Vital statistics of India. Vol. VI, European troops 1870-79
Year: 1870
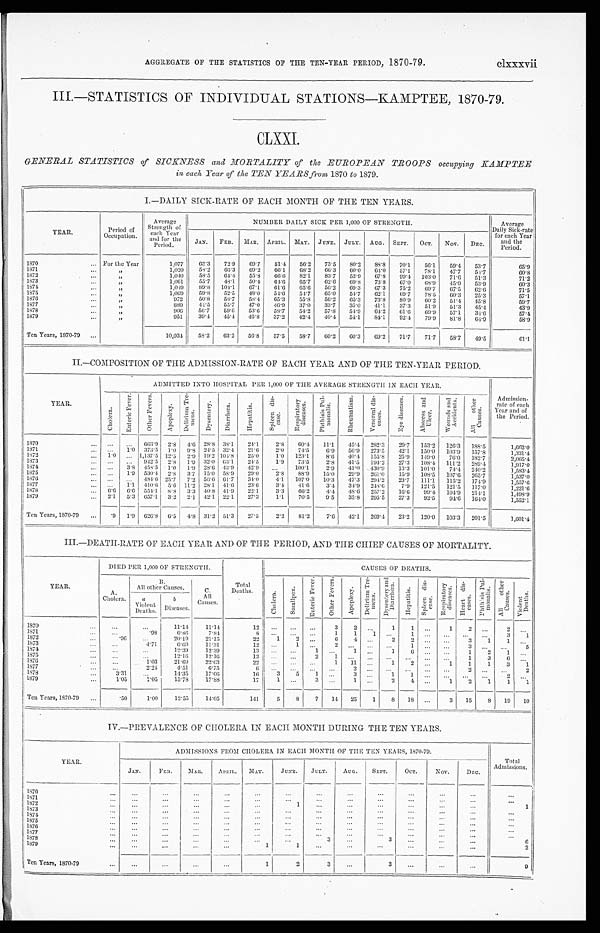
AGGREGATE OF THE STATISTICS OF THE TEN-YEAR PERIOD, 1870-79.
clxxxvii
III.—STATISTICS OF INDIVIDUAL STATIONS—KAMPTEE, 1870-79.
CLXXI.
GENERAL STATISTICS of SICKNESS and MORTALITY of the EUROPEAN TROOPS occupying
KAMPTEE in each Year of the TEN YEARS from 1870 to 1879.
I.—DAILY SICK-RATE OF EACH MONTH OF THE TEN YEARS.
YEAR.
P e r i o d o f O c c u p a t i o n .
Average
Strength of
each Year
and for the
Period.
NUMBER DAILY SICK PER 1,000 OF STRENGTH.
Average
Daily Sick-rate
for each Year and
the
Period.
JAN.
FEB.
MAR.
APRIL.
MAY.
JUNE.
JULY.
AUG.
SEPT.
OCT.
Nov.
DEC.
1870
For the Year
1 , 0 7 7
6 3 . 3
7 2 . 9
6 9 . 7
5 1 . 4
5 6 . 2
7 3 . 5
8 0 . 2
8 8 . 8
7 0 . 1
5 6 . 1
5 9 . 4
5 3 . 7
6 5 . 9
1871
"
1 , 0 2 0
5 8 . 2
6 6 . 3
6 9 . 2
6 6 . 1
6 8 . 2
6 6 . 3
6 0 . 0
6 4 . 0
5 7 . 1
7 8 . 1
4 7 . 7
5 4 . 7
6 0 . 8
1872
"
1 , 0 4 0
5 8 . 5
6 4 . 4
5 5 . 8
6 6 . 6
8 2 . 1
8 3 . 7
5 3 . 9
6 7 . 8
9 9 . 4
103. 0
7 1 . 6
5 1 . 3
7 1 . 2
1873
"
1 , 0 6 1
5 5 . 7
4 8 . 1
5 0 . 4
6 4 . 6
6 5 . 7
6 2 . 6
6 9 . 8
7 3 . 8
6 7 . 0
6 8 . 9
4 5 . 0
5 3 . 9
6 0 . 3
1874
"
1 , 0 4 9
8 9 . 8
1 0 4 . 1
6 7 . 1
6 1 . 6
6 5 . 6
5 6 . 2
6 9 . 3
6 7 . 3
7 5 . 2
6 9 . 7
6 7 . 5
6 2 . 6
7 1 . 5
1875
"
1 , 0 6 9
5 9 . 8
5 2 . 5
4 8 . 0
5 4 . 6
5 4 . 7
6 5 . 0
5 4 . 7
6 2 . 1
6 9 . 7
7 8 . 5
6 0 . 3
2 5 . 3
5 7 . 1
1876
"
9 7 2
5 0 . 8
5 8 . 7
5 8 . 4
6 5 . 3
5 5 . 8
5 6 . 2
6 5 . 3
7 3 . 8
8 0 . 9
6 0 . 2
5 1 . 4
4 5 . 8
5 9 . 7
1877
"
8 8 9
4 4 . 5
5 5 . 7
4 7 . 0
4 6 . 9
3 7 . 0
3 3 . 7
3 5 . 0
4 1 . 1
3 7 . 3
5 1 . 9
5 1 . 3
4 5 . 4
4 3 . 9
1878
"
9 0 6
5 6 . 7
5 9 . 6
5 3 . 6
5 8 . 7
5 4 . 2
5 7 . 8
5 4 . 9
6 4 . 2
6 1 . 6
6 9 . 9
5 7 . 1
3 4 . 6
5 7 . 4
1879
"
9 5 1
3 9 . 4
4 5 . 4
4 6 . 8
3 7 . 2
4 2 . 4
4 0 . 4
5 4 . 1
8 4 . 1
9 2 . 4
7 9 . 9
8 1 . 8 64.9
5 8 . 9
Ten Years, 1870-79
1 0 , 0 3 4
5 8 . 2
6 3 . 2
5 6 . 8
5 7 . 5
5 8 . 7
6 0 . 2
6 0 . 3
6 9 . 2
7 1 . 7
7 1 . 7
5 8 . 7
4 9 . 5
6 1 . 1
II.—COMPOSITION OF THE ADMISSION-RATE OF EACH YEAR AND OF THE TEN-YEAR PERIOD.
Y E A R .
ADMITTED INTO HOSPITAL PER 1,000 OF THE AVERAGE STRENGTH IN EACH YEAR.
Ad mi s s i o n - r a t e o f e a c h Ye a r a n d o f t h e Pe r i o d .
C h o l e r a .
E n t e r i c F e v e r .
O t h e r F e v e r s .
A p o p l e x y .
D e l i r i u m T r e - m e n s .
Dysent er y.
D i a r r h œ a .
H e p a t i t i s .
S p l e e n d i s - e a s e .
R e s p i r a t o r y d i s e a s e s .
P h t h i s i s P u l - m o n a l i s .
R h e u m a t i s m .
V e n e r e a l d i s - e a s e s .
E y e d i s e a s e s .
A b s c e s s a n d U l c e r .
W o u n d s a n d A c c i d e n t s .
A l l o t h e r C a u s e s .
1870
. . .
. . .
6 6 3 . 9
2 . 8
4 . 6
2 8 . 8
3 8 . 1
2 4 . 1
2 . 8
6 0 . 4
1 1 . 1
4 5 . 4
2 8 2 . 3
2 9 . 7
1 5 3 . 2
1 2 6 . 3
1 8 8 . 5
1 , 6 6 2 . 0
1871
. . .
1 . 0
3 7 3 . 5
1 . 0
9 . 8
2 4 . 5
3 2 . 4
2 1 . 6
2 . 0
7 4 . 5
6 . 9
5 6 . 9
2 7 3 . 5
4 2 . 1
1 5 0 . 0
1 0 3 . 9
1 5 7 . 8
1 , 3 3 1 . 4
1872
1 . 0
. . .
1 , 1 3 7 . 5
1 2 . 5
2 . 9
1 9 . 2
1 0 4 . 8
2 5 . 0
1 . 0
1 2 3 . 1
8 . 6
4 0 . 4
1 5 5 . 8
2 5 . 9
1 4 9 . 0
7 6 . 0
1 8 2 . 7
2 , 0 6 5 . 4
1873
. . .
. . .
9 4 2 . 5
2 . 8
1 . 9
3 2 . 0
6 3 . 1
2 4 . 5
1 . 9
7 3 . 5
2 . 8
4 1 . 5
1 9 4 . 2
2 7 . 3
1 0 8 . 4
1 1 1 . 2
2 8 9 . 4
1 , 9 1 7 . 0
1874
. . .
3 . 8
4 5 8 . 5
1 . 0
1 . 9
2 8 . 6
4 3 . 9
4 2 . 9
. . .
1 0 0 . 1
2 . 9
4 1 . 0
4 3 0 . 9
1 3 . 3
1 0 1 . 0
7 4 . 4
2 4 0 . 2
1 , 5 8 3 . 4
1875
. . .
1 . 9
5 3 0 . 4
2 . 8
3 . 7
1 5 . 0
5 8 . 9
2 9 . 0
2 . 8
8 8 . 9
1 5 . 0
2 9 . 9
2 6 1 . 0
1 5 . 9
1 0 8 . 5
1 0 7 . 6
2 6 5 . 7
1 , 5 3 7 . 0
1876
. . .
. . .
4 8 4 . 6
2 5 . 7
7 . 2
5 6 . 6
6 1 . 7
3 4 . 0
4 . 1
1 0 7 . 0
1 0 . 3
4 7 . 3
2 9 4 . 2
2 3 . 7
1 1 1 . 1
1 1 5 . 2
1 7 4 . 9
1 , 5 5 7 . 6
1877
. . .
1 . 1
4 1 0 . 6
5 . 6
1 1 . 2
2 8 . 1
4 1 . 6
2 3 . 6
3 . 4
4 1 . 6
3 . 4
3 4 . 9
2 4 8 . 6
7 . 9
1 2 1 . 5
1 2 1 . 5
1 1 7 . 0
1 , 2 2 1 . 6
1878
6 . 6
6 . 6
5 5 4 . 1
8 . 8
3 . 3
4 0 . 8
4 1 . 9
2 2 . 1
3 . 3
6 6 . 2
4 . 4
4 8 . 6
2 5 7 . 2
1 6 . 6
9 9 . 4
1 0 4 . 9
2 1 4 . 1
1 , 4 9 8 . 9
1879
2 . 1
5 . 3
6 5 7 . 1
3 . 2
2 . 1
4 2 . 1
2 2 . 1
2 7 . 3
1 . 1
7 0 . 5
9 . 5
3 5 . 8
2 9 5 . 5
2 7 . 3
9 2 . 5
9 4 . 6
1 6 4 . 0
1 , 5 5 2 . 1
Ten Years, 1870-79
. 9
1 . 9
6 2 0 . 8
6 . 5
4 . 8
3 1 . 2
5 1 . 3
2 7 . 5
2 . 2
8 1 . 2
7 . 6
4 2 . 1
2 6 9 . 4
2 3 . 2
1 2 0 . 0
1 0 3 . 3
2 0 1 . 5
1 , 6 0 1 . 4
III.—DEATH-RATE OF EACH YEAR AND OF THE PERIOD, AND THE CHIEF CAUSES OF MORTALITY.
YEAR.
DIED PER 1,000 OF STRENGTH.
Total Deat hs.
C A U S E S O F D E A T H S .
A .
C h o l e r a .
B .
A l l o t h e r C a u s e s .
C .
A l l C a u s e s .
C h o l e r a .
S m a l l p o x .
E n t e r i c F e v e r .
O t h e r F e v e r s .
A p o p l e x y .
Delirium Tre-mens.
D y s e n t e r y a n d D i a r r h œ a .
H e p a t i t i s .
S p l e e n d i s - e a s e .
Respi rat ory di seases.
H e a r t d i s - e a s e s .
P h t h i s i s P u l - m o n a l i s .
A l l o t h e r C a u s e s . Vi ol ent Deat hs.
a V i o l e n t D e a t h s .
b
D i s e a s e s .
1870
. . .
. . .
1 1 . 1 4
1 1 . 1 4
1 2
. . .
. . .
. . .
3
2
. . .
1
1
. . .
1
2
. . .
2
. . .
1 8 7 1
. . .
. 9 8
6 . 8 6
7 . 8 4
8
. . .
. . .
. . .
1
1
1
. . .
1
. . .
. . .
. . .
. . .
3
1
1872
. 9 6
. . .
2 0 . 1 9
2 1 . 1 5
2 2
1
2
. . .
6
4
. . .
2
2
. . .
. . .
3
1
1
. . .
1 8 7 3
. . .
4 . 7 1
6 . 6 0
1 1 . 3 1
1 2
. . .
1
. . .
2
. . .
. . .
. . .
1
. . .
. . .
3
. . .
. . .
5
1874
. . .
. . .
1 2 . 3 9
1 2 . 3 9
1 3
. . .
. . .
1
. . .
1
. . .
1
6
. . .
. . .
1
2
1
. . .
1875
. . .
. . .
1 2 . 1 6
1 2 . 1 6
1 3
. . .
. . .
2
1
. . .
. . .
. . .
. . . . . .
. . .
1
3
6
. . .
1 8 7 6
. . .
1 . 0 3
2 1 . 6 0
2 2 . 6 3
2 2
. . .
. . .
. . .
1
1 1
. . .
1
2
. . .
1
1
1
3
1
1877
. . .
2 . 2 4
4 . 5 1
6 . 7 5
6
. . .
. . .
. . .
. . .
2
. . .
. . .
. . .
. . .
. . .
2
. . .
. . .
2
1 8 7 8
3 . 3 1
. . .
1 4 . 3 5
1 7 . 6 6
1 6
3
5
1
. . .
3
. . .
1
1
. . .
. . .
. . .
. . .
2
. . .
1879
1 . 0 5
1 . 0 5
1 5 . 7 8
1 7 . 8 8
1 7
1
. . .
3
. . .
1
. . .
2
4
. . .
1
2
1
1
1
Ten Years, 1870-79
. 5 0
1 . 0 0
1 2 . 5 5
1 4 . 0 5
1 4 1
5
8
7
1 4
2 5
1
8
1 8
. . .
3
1 5
8
1 9
1 0
IV—PREVALENCE OF CHOLERA IN EACH MONTH DURING THE TEN YEARS.
YEAR.
ADMISSIONS FROM CHOLERA IN EACH MONTH OF THE TEN YEARS, 1870-79.
Total
Admissions.
JAN.
FEB.
MAR.
APRIL.
MAY.
JUNE.
JULY.
AUG.
SEPT.
OCT.
NOV.
DEC.
1870
. . .
. . .
. . .
. . .
. . .
. . .
. . .
. . .
. . .
. . .
. . .
. . .
. . .
1871
. . .
. . .
. . .
. . .
. . .
. . .
. . .
. . .
. . .
. . .
. . .
. . .
. . .
1872
. . .
. . .
. . .
. . .
. . .
1
. . .
. . .
. . .
. . .
. . .
. . .
1
1873
. . .
. . .
. . .
. . .
. . .
. . .
. . .
. . .
. . .
. . .
. . .
. . .
. . .
1874
. . .
. . .
. . .
. . .
. . .
. . .
. . .
. . .
. . .
. . .
. . .
. . .
. . .
1875
. . .
. . .
. . .
. . .
. . .
. . .
. . .
. . .
. . .
. . .
. . .
. . .
. . .
1876
. . .
. . .
. . .
. . .
. . .
. . .
. . .
. . .
. . .
. . .
. . .
. . .
. . .
1877
. . .
. . .
. . .
. . .
. . .
. . .
. . .
. . .
. . .
. . .
. . .
. . .
. . .
1878
. . .
. . .
. . .
. . .
. . .
. . .
3
. . .
3
. . .
. . .
. . .
6
1879
. . .
. . .
. . .
. . .
1
1
. . .
. . .
. . .
. . .
. . .
. . .
2
Ten Years, 1870-79
. . .
. . .
. . .
. . .
1
2
3
. . .
3
. . .
. . .
. . .
9